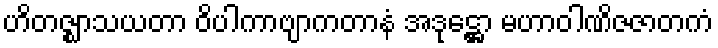
ဟိတဇ္ဈာသယတာ ဝိပါကာဗျာကတာနံ အဒုဋ္ဌော မဟာဝါဏိဇဇာတကံ